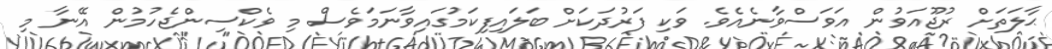
ޙާލަތަށް ރުޖޫއަވުން އަވަސްވާނެއެވެ. ވަކި ފަރުދަކަށް ބަލައިފިކަމުގައިވާނަމަވެސް މި ވެކްސިންޖެހުމުން އޭނާ މި